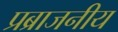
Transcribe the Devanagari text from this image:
प्रब्राजनीय